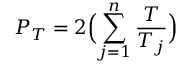
P _ { T } = 2 \Bigl ( \sum _ { j = 1 } ^ { n } \frac { T } { T _ { j } } \Bigl )